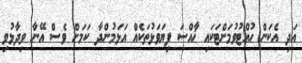
އަދި އެކަން ހުއްޓުވުމަށްޓަކައި ޚާއްސަ ފިޔަވަޅުތަކެއް އަޅަމުންދާ ކަމަށް ވެސް އޭނާ ވިދާޅުވި